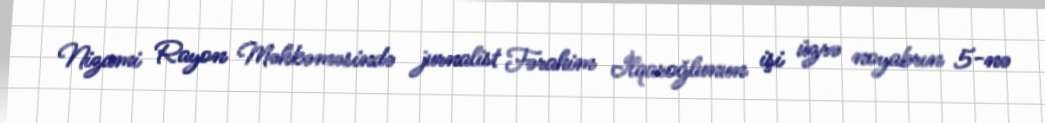
Nizami Rayon Məhkəməsində jurnalist Fərahim İlqaroğlunun işi üzrə noyabrın 5-nə